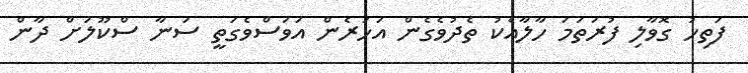
ފަތިހު ގޮވާލި ފުރަތަމަ ހާލާއެކު ތެދުވެގެން އަހަރެން އަވަސްވެގަތީ ސަނާ ސްކޫލަށް ދާން